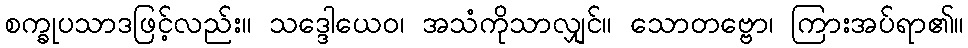
စက္ခုပသာဒဖြင့်လည်း။ သဒ္ဒေါယေဝ၊ အသံကိုသာလျှင်။ သောတဗ္ဗော၊ ကြားအပ်ရာ၏။